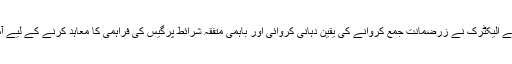
دوسری جانب کے الیکٹرک نے زرضمانت جمع کروانے کی یقین دہانی کروائی اور باہمی متفقہ شرائط پرگیس کی فراہمی کا معاہد کرنے کے لیے آمادگی ظاہر کی۔